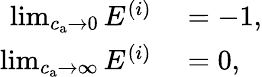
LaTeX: \begin{array}{rl}{\operatorname*{lim}_{c_{\mathrm{a}}\to 0}E^{(i)}}&{{}=-1,}\\ {\operatorname*{lim}_{c_{\mathrm{a}}\to\infty}E^{(i)}}&{{}=0,}\end{array}